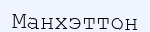
Манхэттон